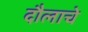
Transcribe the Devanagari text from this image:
दौलाचे